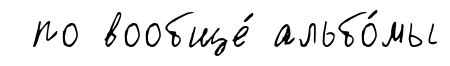
по вообще́ альбо́мы